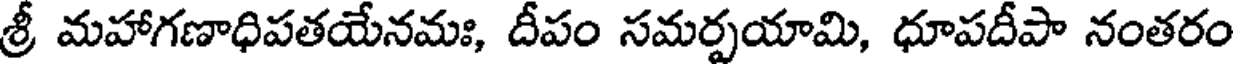
శ్రీ మహాగణాధిపతయేనమః, దీపం సమర్పయామి, ధూపదీపా నంతరం